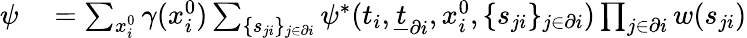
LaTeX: \begin{array}{rl}{\psi}&{{}=\sum_{x_{i}^{0}}\gamma(x_{i}^{0})\sum_{\{ s_{ji}\} _{j\in\partial i}}\psi^{*}(t_{i},\underline{{t}}_{\partial i},x_{i}^{0},\{ s_{ji}\} _{j\in\partial i})\prod_{j\in\partial i}w(s_{ji})}\end{array}